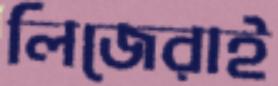
লিজেরাই